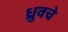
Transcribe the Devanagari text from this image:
ध्रुवचे